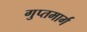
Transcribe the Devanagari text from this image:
गुप्तमार्ग